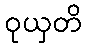
ဝုယှတိ